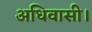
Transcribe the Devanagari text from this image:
अधिवासी।